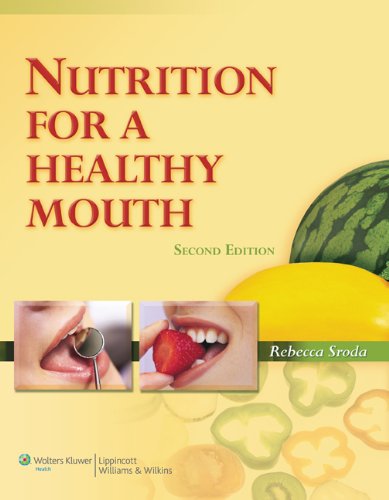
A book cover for Nutrition for a Healthy Mouth (Sroda, Nutrition for a Healthy Mouth); Rebecca Sroda; Medical Books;